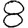
Digit: 8